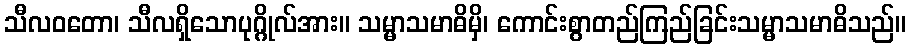
သီလဝတော၊ သီလရှိသောပုဂ္ဂိုလ်အား။ သမ္မာသမာဓိမှိ၊ ကောင်းစွာတည်ကြည်ခြင်းသမ္မာသမာဓိသည်။